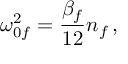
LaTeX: \omega _ { 0 f } ^ { 2 } = \frac { \beta _ { f } } { 1 2 } n _ { f } \, ,